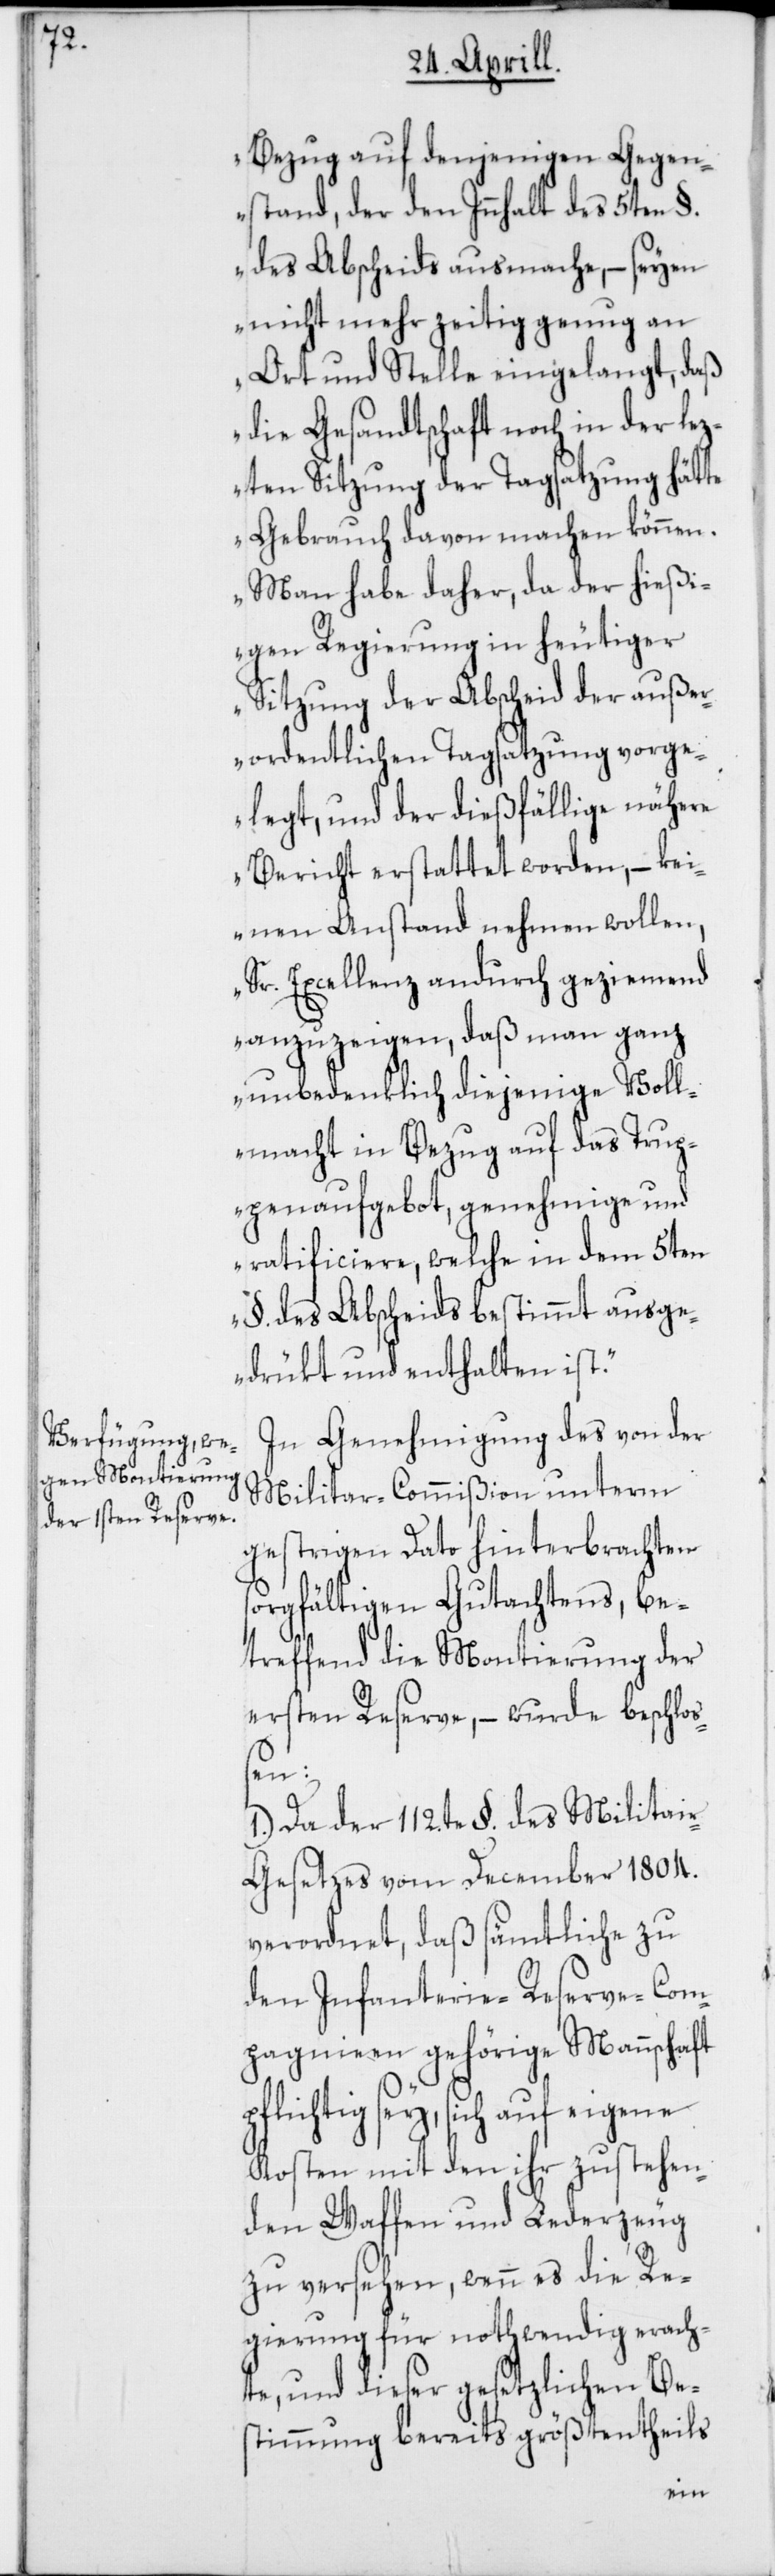
Bezug auf denjenigen Gegen¬
stand, der den Innhalt des 5ten §.
des Abscheids ausmache, – seyen
nicht mehr zeitig genug an
Ort und Stelle eingelangt, daß
die Gesandtschaft noch in der lez¬
ten Sitzung der Tagsatzung hätte
Gebrauch davon machen können.
Man habe daher, da der hießi¬
gen Regierung in heutiger
Sitzung der Abscheid der außer¬
ordentlichen Tagsatzung vorge¬
legt, und der dießfällige nähere
Bericht erstattet worden, – kei¬
nen Anstand nehmen wollen,
Sr. Excellenz andurch geziemend
anzuzeigen, daß man ganz
unbedenklich diejenige Voll¬
macht in Bezug auf das Trup¬
penaufgebot, genehmige und
ratificiere, welche in dem 5ten
§. des Abscheids bestimmt ausge¬
drükt und enthalten ist.“
In Genehmigung des von der
Militar-Commißion unterm
gestrigen Dato hinterbrachten
sorgfältigen Gutachtens, be¬
treffend die Montierung der
ersten Reserve, – wurde beschlo¬
ßen:
1.) Da der 112te §. des Militai¬
r-Gesetzes vom December 1804.
verordnet, daß sämmtliche zu
den Infanterie-Reserve-Com¬
pagnien gehörige Mannschaft
pflichtig sey, sich auf eigene
Kosten mit den ihr zustehen¬
den Waffen und Lederzeug
zu versehen, wenn es die Re¬
gierung für nothwendig erach¬
te, und dieser gesetzlichen Be¬
stimmung bereits größtentheils